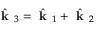
\hat { \textbf { k } } _ { 3 } = \hat { \textbf { k } } _ { 1 } + \hat { \textbf { k } } _ { 2 }